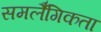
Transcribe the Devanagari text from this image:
समलैँगिकता